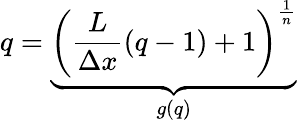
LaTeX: q=\underbrace{\left(\frac{L}{\Delta x}(q-1)+1\right)^{\frac{1}{n}}}_{g(q)}